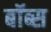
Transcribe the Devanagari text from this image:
बॉब्स